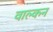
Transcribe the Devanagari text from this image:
वाल्कन